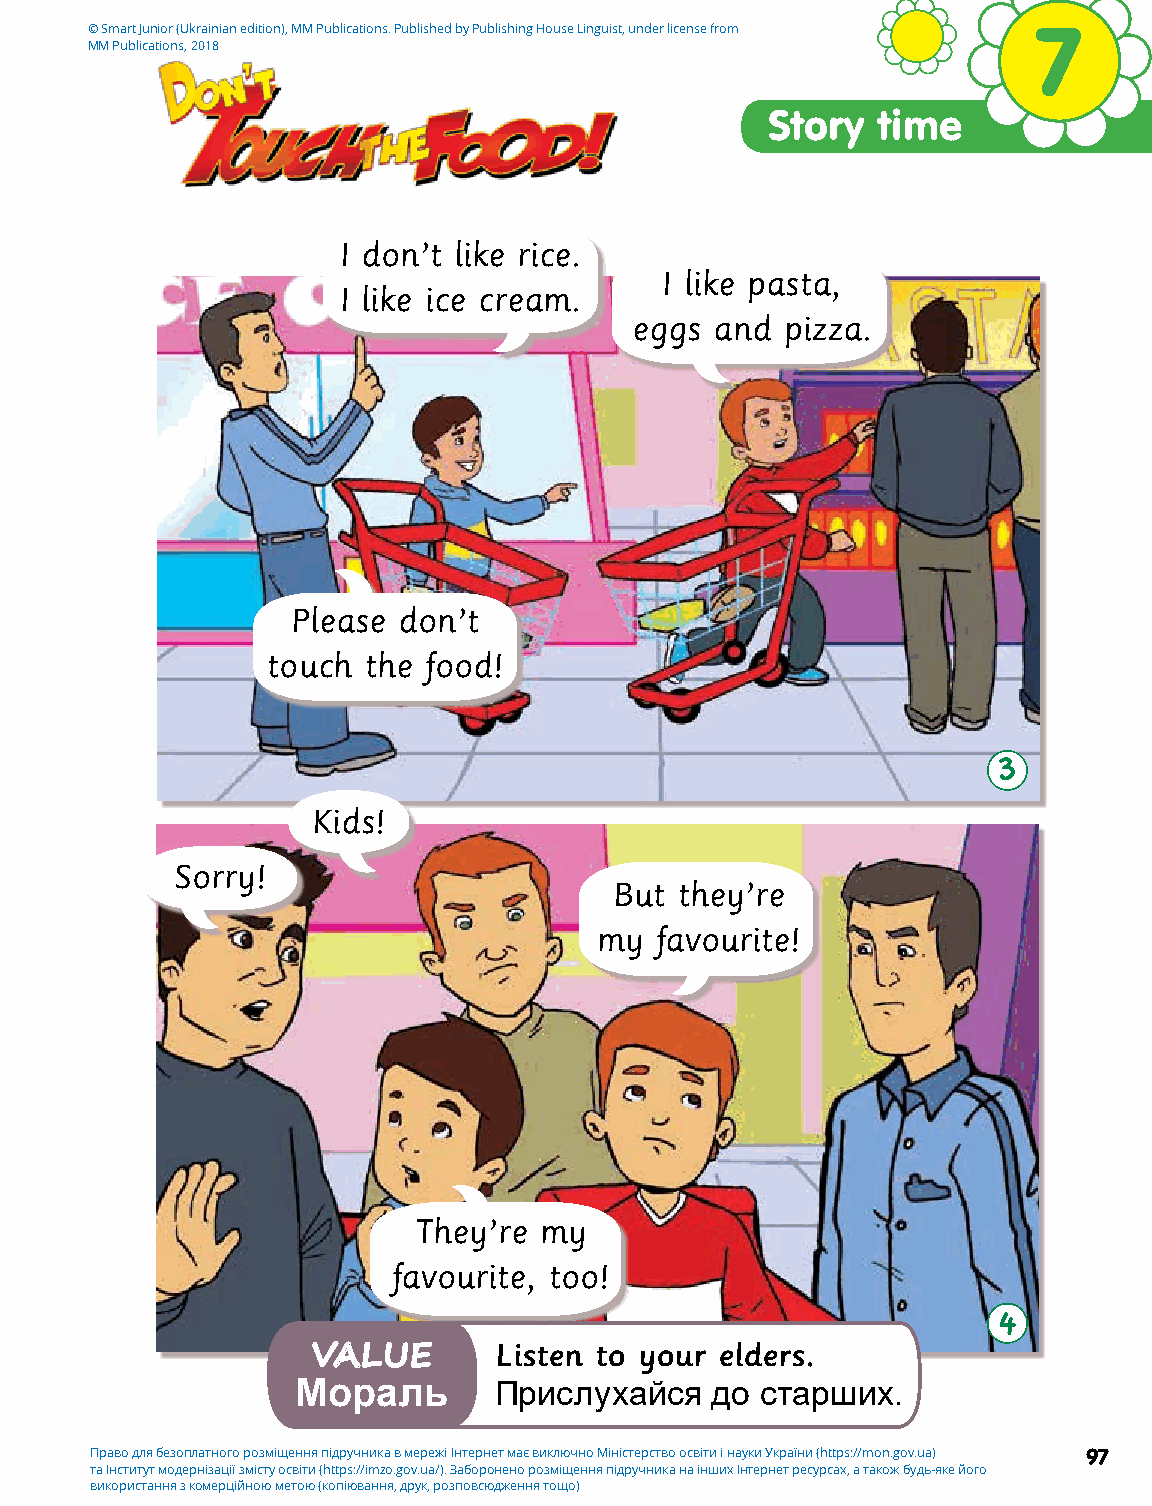
© Smart Junior (Ukrainian edition), MM Publications. Published by Publishing House Linguist, under license from 7
 MM Publications, 2018
 Story  time
 I don’t like rice.
 I like pasta,
 I like ice cream.
 eggs and  pizza.
 Please don’t
 touch the food!
 3
 Kids!
 Sorry!
 But they’re
 my favourite!
 They’re  my
 favourite, too!
 4
 Listen to your elders.
 VALUE
 Мораль       Прислухайся   до старших.
 Право для безоплатного розміщення підручника в мережі Інтернет має виключно Міністерство освіти і науки України (https://mon.gov.ua) 97
 та Інститут модернізації змісту освіти (https://imzo.gov.ua/). Заборонено розміщення підручника на інших Інтернет ресурсах, а також будь-яке його
 використання з комерційною метою (копіювання, друк, розповсюдження тощо)